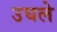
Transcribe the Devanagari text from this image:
उघले